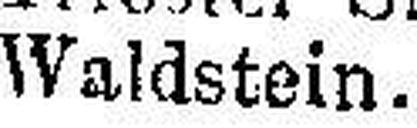
Waldstein